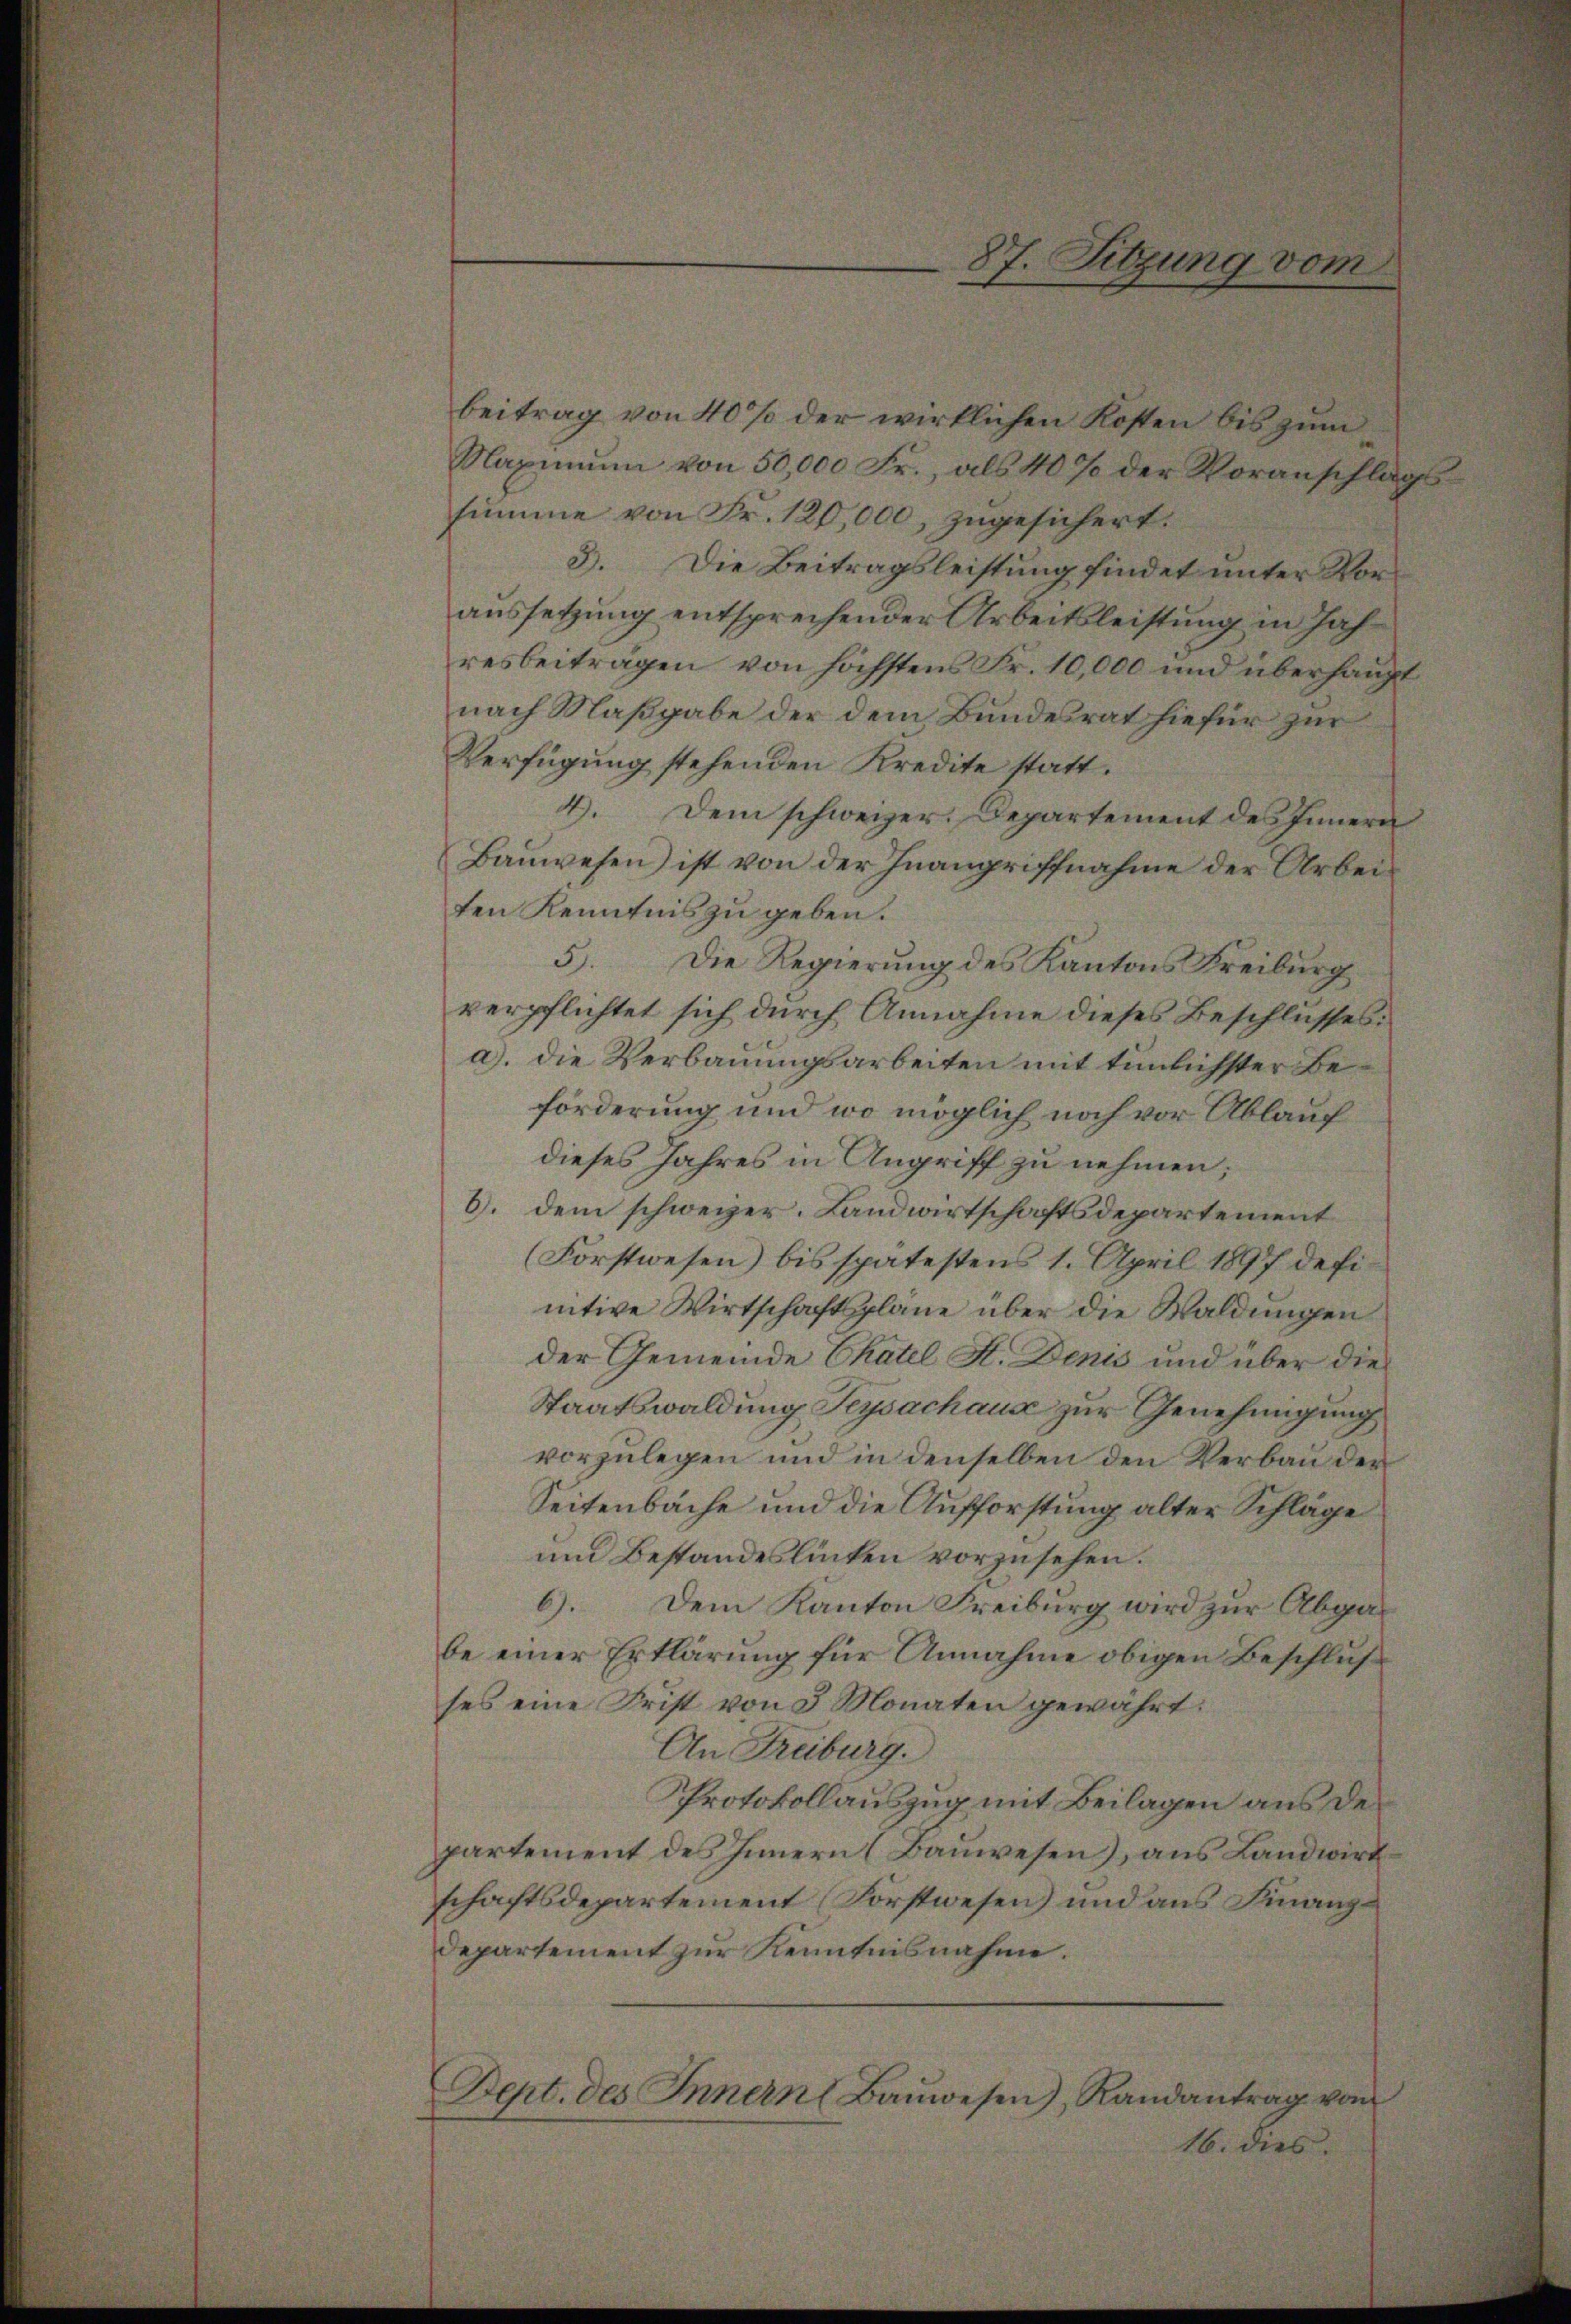
beitrag von 40% der wirklichen Kosten bis zum
Maximŭm von 50,000 Fr., als 40% der Voranschlagssumme von Fr. 120,000, zugesichert.
3. Die Beitragsleistung findet unter Voraussetzung entsprechender Arbeitsleistung in Jahresbeiträgen von höchstens Fr. 10,000 und überhaupt
nach Maßgabe der dem Bundesrat hiefür zur
Verfügung stehenden Kredite statt.
4). Dem schweizer. Departement des Innern
Bauwesen ist von der Inangriffnahme der Arbeiten Kenntnis zu geben.
5). Die Regierung des Kantons Freiburg
verpflichtet sich durch Annahme dieses Beschlusses:
a). Die Verbauungsarbeiten mit tunlichster Beförderung und wo möglich noch vor Ablauf
dieses Jahres in Angriff zu nehmen;
6. dem schweizer. Landwirtschaftsdepartement
Forstwesen) bis spätestens 1. April 1897 defimitive Wirtschaftspläne über die Waldungen
der Gemeinde Chatel A. Denis und über die
Staatswaldung Teysachaus zur Genehmigung
vorzulegen und in denselben den Verbau der
Seitenbäche und die Aufforstung alter Schläge
und Bestandeslinken vorzusehen.
6). Dem Kanton Freiburg wird zur Abgabe einer Erklärung für Annahme obigen Beschluß
ses eine Frist von 3 Monaten gewährt:
An Freiburg.
Protokollauszug mit Beilagen aus der
partement des Innern (Baŭwesen), aus Landwirt
schaftsdepartement Forstwesen) und aus Finanz¬
Departement zur Kenntnisnahme.
Dept. des Innern Baŭwesen), Randantrag vom
16. dies

87. Sitzung vom